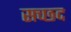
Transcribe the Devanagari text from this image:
सच्छद